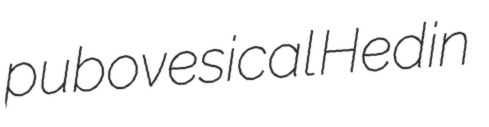
pubovesical Hedin